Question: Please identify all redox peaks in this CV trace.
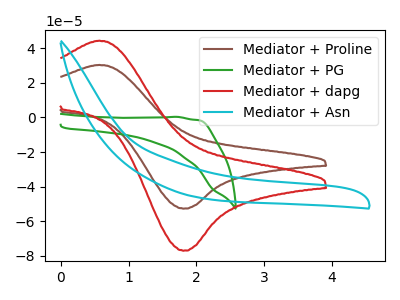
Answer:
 <answer>The brown curve "Mediator + Proline" has an anodic peak at (0.55V, 30.30uA) and a cathodic peak at (1.80V, -52.60uA). The green curve "Mediator + PG" has no peaks. The red curve "Mediator + dapg" has an anodic peak at (0.55V, 44.25uA) and a cathodic peak at (1.80V, -76.90uA). The cyan curve "Mediator + Asn" has no peaks.</answer>
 <eval></eval>